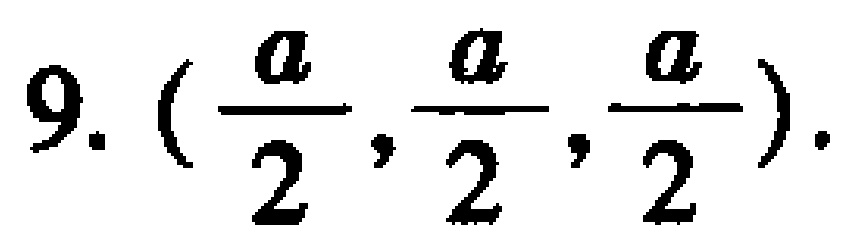
$9.\ (\frac{a}{2},\frac{a}{2},\frac{a}{2}).$